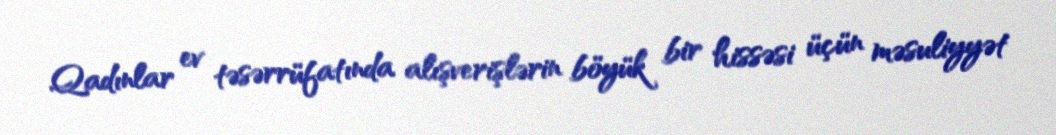
Qadınlar ev təsərrüfatında alışverişlərin böyük bir hissəsi üçün məsuliyyət